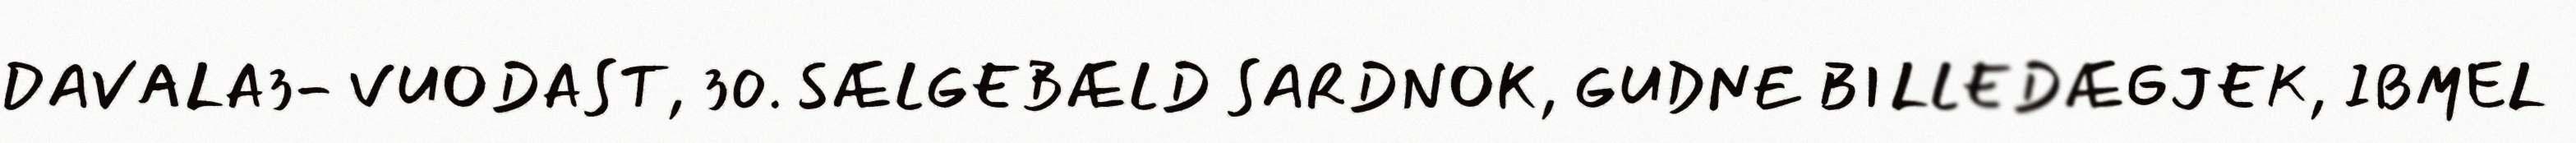
DAVALA3- VUODAST, 30. SÆLGEBÆLD SARDNOK, GUDNE BILLEDÆGJEK, IBMEL